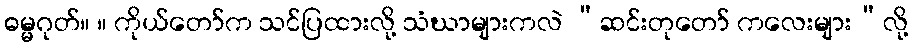
ဓမ္မဂုတ်။ ။ ကိုယ်တော်က သင်ပြထားလို့ သံဃာများကလဲ “ဆင်းတုတော် ကလေးများ”လို့